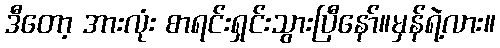
ဒီတော့ အားလုံး စာရင်းရှင်းသွားပြီနော်။မှန်ရဲ့လား။